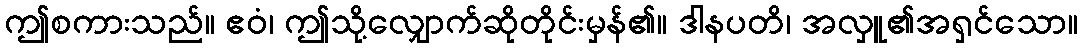
ဤစကားသည်။ ဧဝံ၊ ဤသို့လျှောက်ဆိုတိုင်းမှန်၏။ ဒါနပတိ၊ အလှူ၏အရှင်သော။